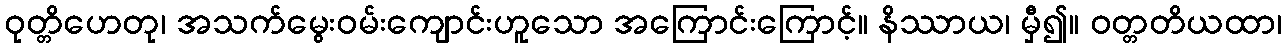
ဝုတ္တိဟေတု၊ အသက်မွေးဝမ်းကျောင်းဟူသော အကြောင်းကြောင့်။ နိဿာယ၊ မှီ၍။ ဝတ္တတိယထာ၊